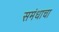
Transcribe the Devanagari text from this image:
समंधाचा